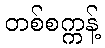
တစ်စက္ကန့်